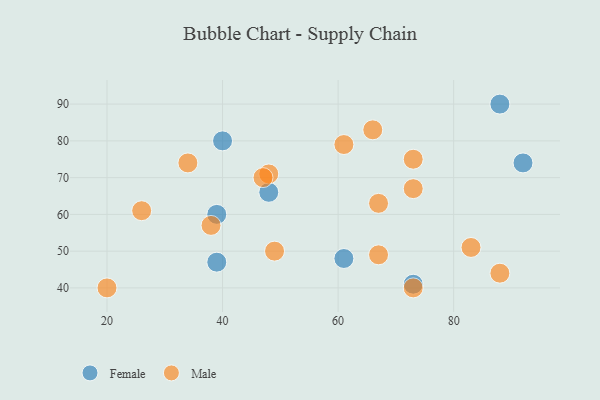
{"axis": {"x": "GDP", "y": "Life Expectancy"}, "legend": ["Female", "Male"], "data": [{"x": "73", "y": 41, "type": "Female"}, {"x": "48", "y": 66, "type": "Female"}, {"x": "40", "y": 80, "type": "Female"}, {"x": "92", "y": 74, "type": "Female"}, {"x": "61", "y": 48, "type": "Female"}, {"x": "39", "y": 60, "type": "Female"}, {"x": "39", "y": 47, "type": "Female"}, {"x": "88", "y": 90, "type": "Female"}, {"x": "26", "y": 61, "type": "Male"}, {"x": "48", "y": 71, "type": "Male"}, {"x": "67", "y": 49, "type": "Male"}, {"x": "66", "y": 83, "type": "Male"}, {"x": "61", "y": 79, "type": "Male"}, {"x": "47", "y": 70, "type": "Male"}, {"x": "34", "y": 74, "type": "Male"}, {"x": "73", "y": 67, "type": "Male"}, {"x": "20", "y": 40, "type": "Male"}, {"x": "49", "y": 50, "type": "Male"}, {"x": "38", "y": 57, "type": "Male"}, {"x": "88", "y": 44, "type": "Male"}, {"x": "67", "y": 63, "type": "Male"}, {"x": "73", "y": 75, "type": "Male"}, {"x": "73", "y": 40, "type": "Male"}, {"x": "83", "y": 51, "type": "Male"}]}